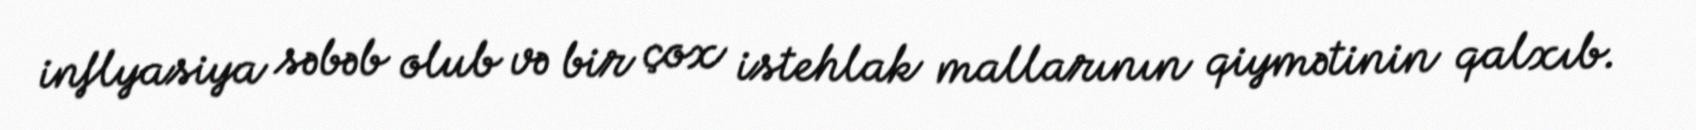
inflyasiya səbəb olub və bir çox istehlak mallarının qiymətinin qalxıb.